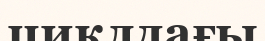
циклдағы